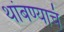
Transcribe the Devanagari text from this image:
थांबण्याचं